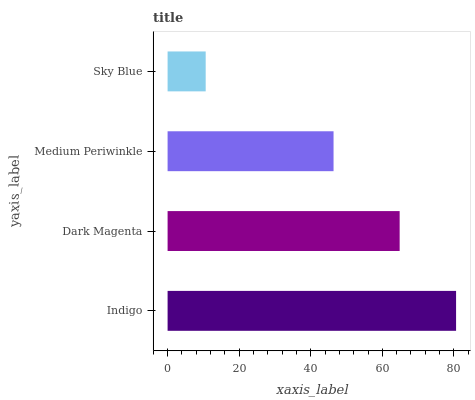
| yaxis_label | bars |
 | --- | --- |
 | Indigo | 80.6 |
 | Dark Magenta | 64.8 |
 | Medium Periwinkle | 46.4 |
 | Sky Blue | 10.6 |